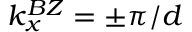
k _ { x } ^ { B Z } = \pm \pi / d